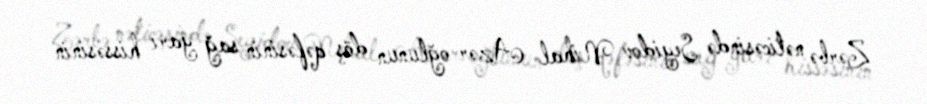
Zərbə nəticəsində Seyidov Nihal Azər oğlunun döş qəfəsinin sağ yarı hissəsinin